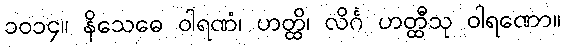
၁၀၁၄။ နိသေဓေ ဝါရဏံ၊ ဟတ္ထိ၊ လိင်္ဂ ဟတ္ထီသု ဝါရဏော။